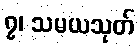
၇၊ သမယသုတ်